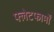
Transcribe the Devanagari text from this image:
फ्लेटफार्मों